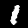
Digit: 1